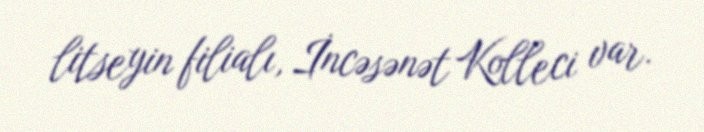
litseyin filialı, İncəsənət Kolleci var.